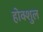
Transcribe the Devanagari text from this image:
होक्शुल